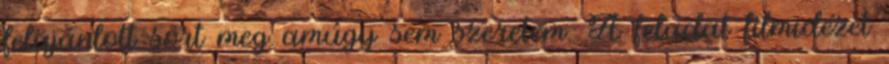
felajánlott sört meg amúgy sem szeretem. A feladat filmidézet